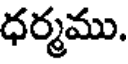
ధర్మము.